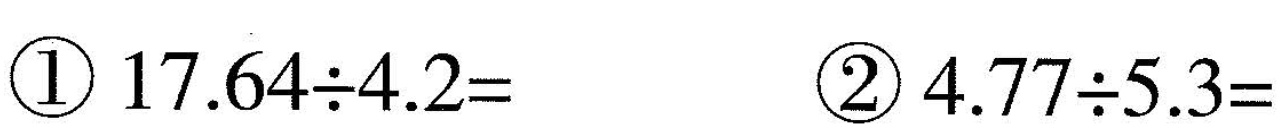
①$$1 7 . 6 4 \div 4 . 2 =$$ ②$$4 . 7 7 \div 5 . 3 =$$